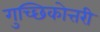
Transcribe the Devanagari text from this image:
गुच्छिकोत्तरी